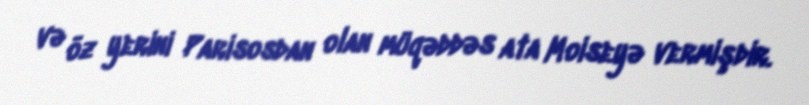
və öz yerini Parisosdan olan müqəddəs ata Moiseyə vermişdir.